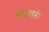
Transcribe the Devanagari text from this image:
अंजारी